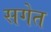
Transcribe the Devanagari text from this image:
सगेत